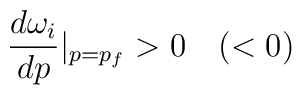
\frac{d\omega_{i}}{dp}|_{p=p_{f}}>0\quad (<0)